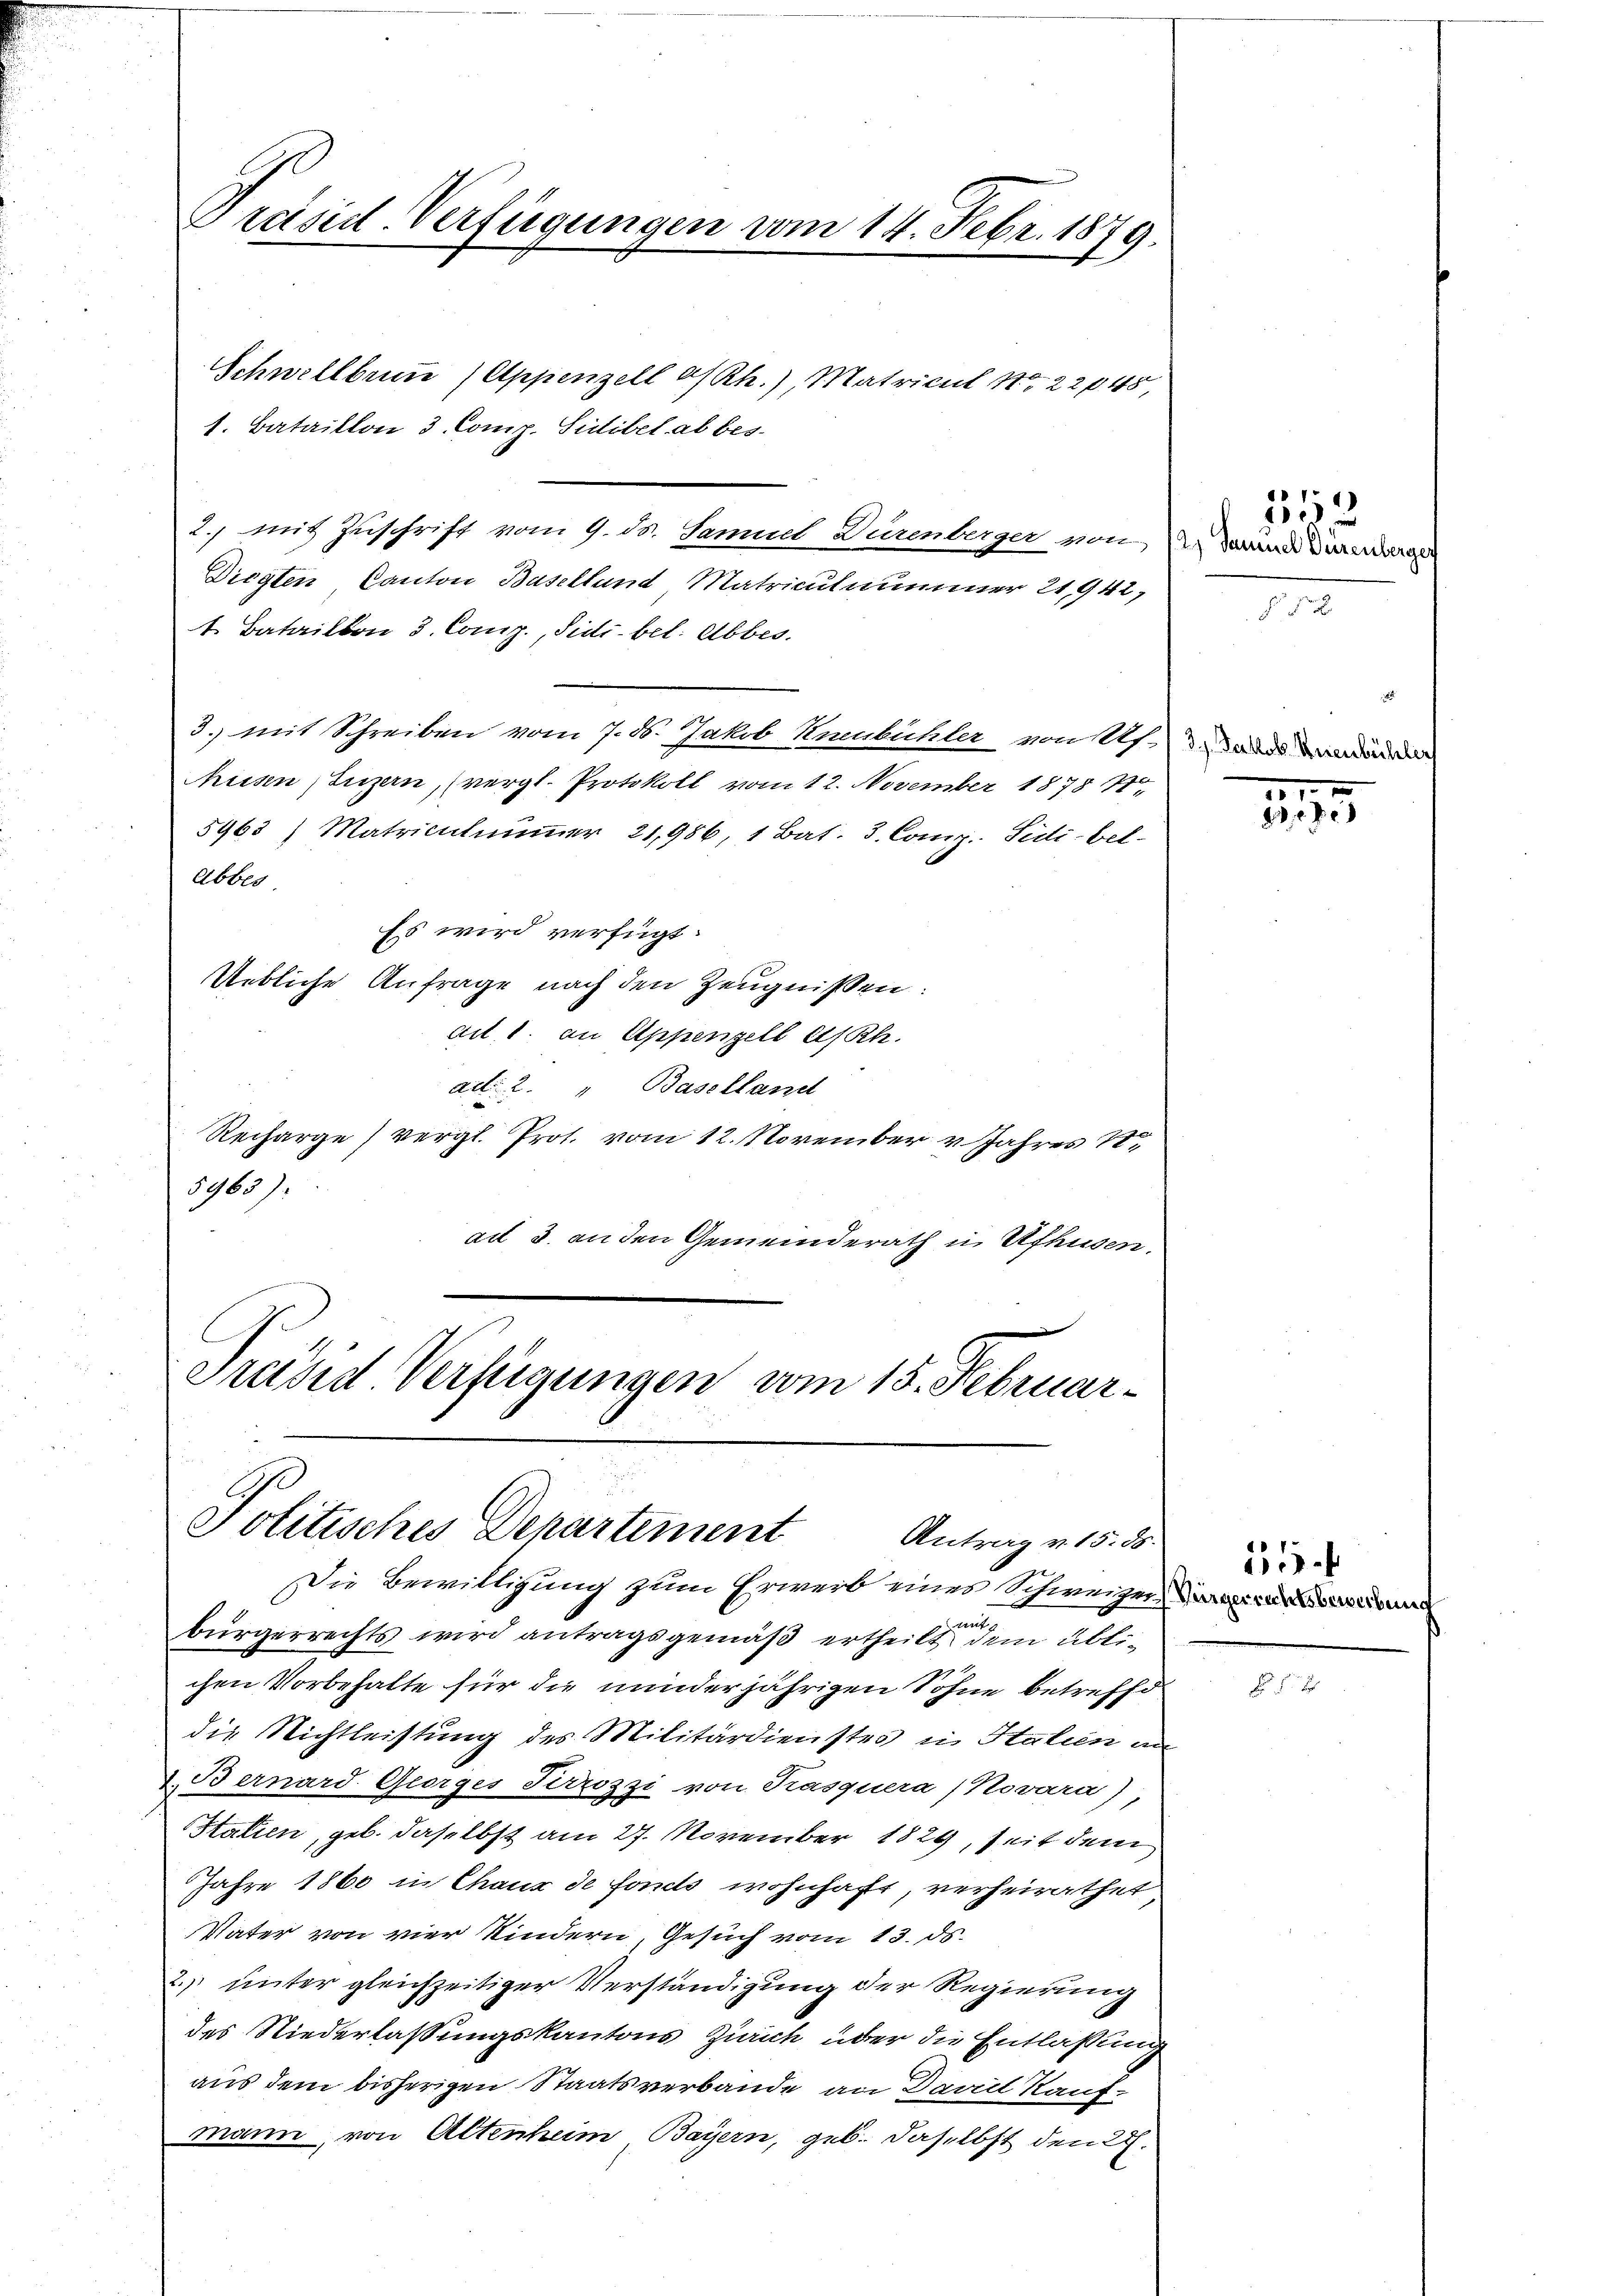
Präsid-Verfügungen vom 14. Febr. 1879.

Schwellbrun (Appenzell a/Rh.), Matricul No 22045,
1. Bataillon 3. Comp. Sidibel ab bes
2., mit Zuschrift vom 9. ds. Samuel Burenberger von 4. Land dermage
Diegten, Canton Baselland Matriculnummer 21,942,
1. Bataillon 3. Comp., Sidi. bel. Abbes.
3. mit Schreiben vom 7. d. Jakob Kenbühler von 12. Sands vendung
Müssen, Luzern, (vergl. Protokoll vom 12. November 1878 1
5963) Matriculnimmer 21,986, 1 Bat. 3. Comp. Sidi bel
Abbes
Es wird verfügt:
Uebliche Anfrage nach den Zeugnissen:
ait, 1. an Appenzell A/Rh.
act: 2. Baselland
Recharge vergl. Prot. vom 12. November v. Jahres 18
5963)
ad 3. an den Gemeinderath in Ufhusen.
e

Präsid Verfügungen vom 15. Februar
Politisches Departement
Antrag v. 15. ds.
Die Bewilligung zum Erwerb eines Schweizerinnerung

bürgerrechts wird antragsgemäß ertheilt dem üblichen Vorbehalte für die minderjährigen Sohne betreffe
die Nichtleistung des Militärdienstes in Italien an
.Bernard Georges Serrozzi von Prasquera (Novara)
Statien, geb. daselbst am 27. November 1829, seit dem
Jahre 1860 in Chaux de foncts wohnhaft, verheirathet,
Vater von vier Kindern, Gesuch vom 13. ds.
2) unter gleichzeitiger Verständigung der Regierung
des Niederlassungskantons Zürich über die Entlassung
aus dem bisherigen Staatsverbande an Daniel Kaufmann, von Altenheim Bayern, geb. daselbst den 2.

353

182

1

55.